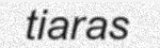
tiaras